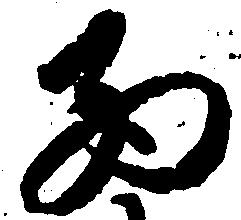
西